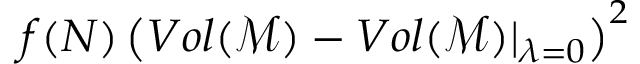
f ( N ) \left( V o l ( \mathcal { M } ) - V o l ( \mathcal { M } ) \vert _ { \lambda = 0 } \right) ^ { 2 }